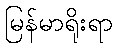
မြန်မာရိုးရာ